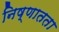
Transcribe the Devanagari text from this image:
निष्णातता